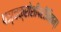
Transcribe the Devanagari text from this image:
पञ्चक्रोशीपरीमितम्।